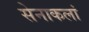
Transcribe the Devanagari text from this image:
सेनाकलां